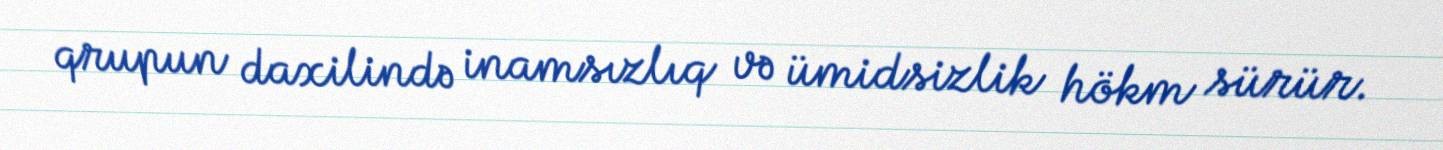
qrupun daxilində inamsızlıq və ümidsizlik hökm sürür.